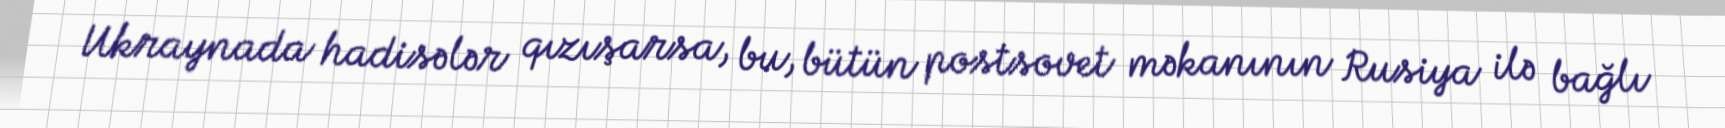
Ukraynada hadisələr qızışarsa, bu, bütün postsovet məkanının Rusiya ilə bağlı